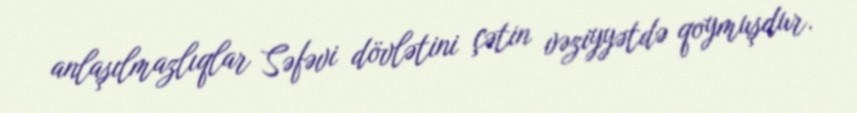
anlaşılmazlıqlar Səfəvi dövlətini çətin vəziyyətdə qoymuşdur.